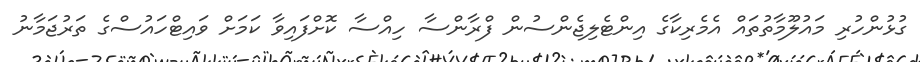
ގުޅުންހުރި މައުލޫމާތުތައް އެމެރިކާގެ އިންޓެލިޖެންސުން ފްރާންސާ ހިއްސާ ކޮށްފައިވާ ކަމަށް ވައިޓްހައުސްގެ ތަރުޖަމާނު